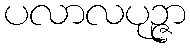
ပလာလပုဉ္ဇာ